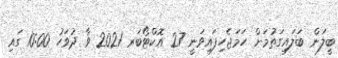
ބީލަން ބަލައިގަތުމަށް ހަމަޖެހިފައިވަނީ 27 އޮކްޓޯބަރ 2021 ވާ ދުވަހު 10:00 ގައި